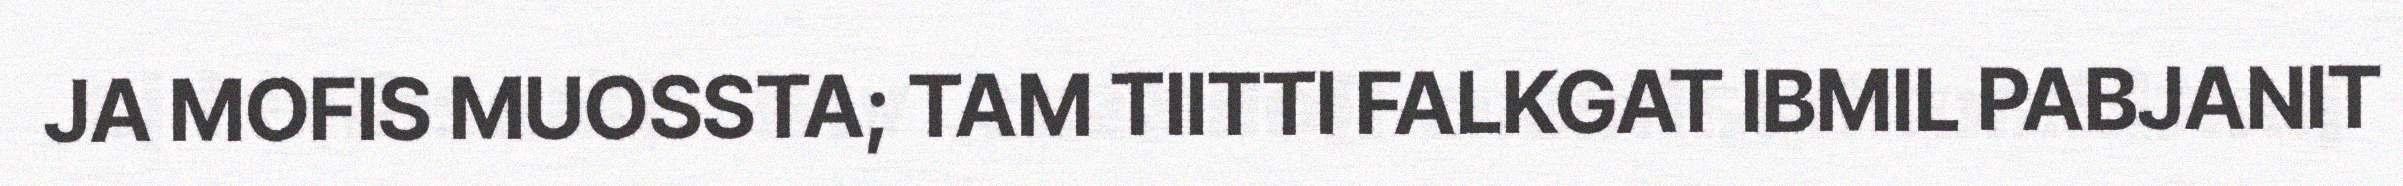
JA MOFIS MUOSSTA; TAM TIITTI FALKGAT IBMIL PABJANIT